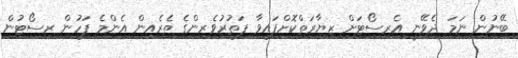
ބޭނުން ނަމަ ދެވޭނީ އެރިސޯޓަށް ޒިޔާރަތްކޮށްފައިވާ ފަތުރުވެރިންގެ ތެރެއިން އެންމެ ފަހުން ރިސޯޓުން